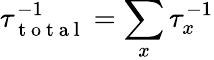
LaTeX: \tau_{\mathrm{~t~o~t~a~l~}}^{-1}=\sum_{x}\tau_{x}^{-1}